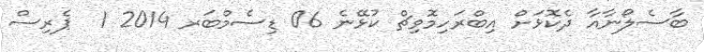
ބާސެލޯނާއާ ދެކޮޅަށް އިބްރަހިމޮވިޗް ކުޅޭނެ 06 ޑިސެމްބަރ 2014 1  ޕެރިސް